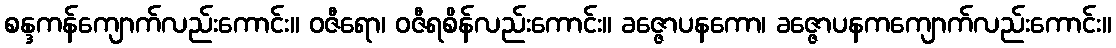
စန္ဒကန်ကျောက်လည်းကောင်း။ ဝဇီရော၊ ဝဇီရစိန်လည်းကောင်း။ ခဇ္ဇောပနကော၊ ခဇ္ဇောပနကကျောက်လည်းကောင်း။